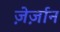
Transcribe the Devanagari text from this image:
ज़ेर्ज़ान